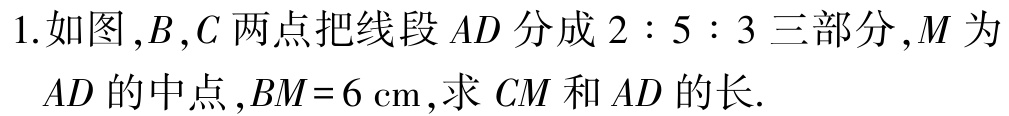
1. 如图，\(B\)，\(C\)两点把线段\(AD\)分成\(2:5:3\)三部分，\(M\)为\(AD\)的中点，\(BM = 6\mathrm{cm}\)，求\(CM\)和\(AD\)的长.